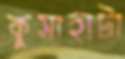
কুসাহাটা